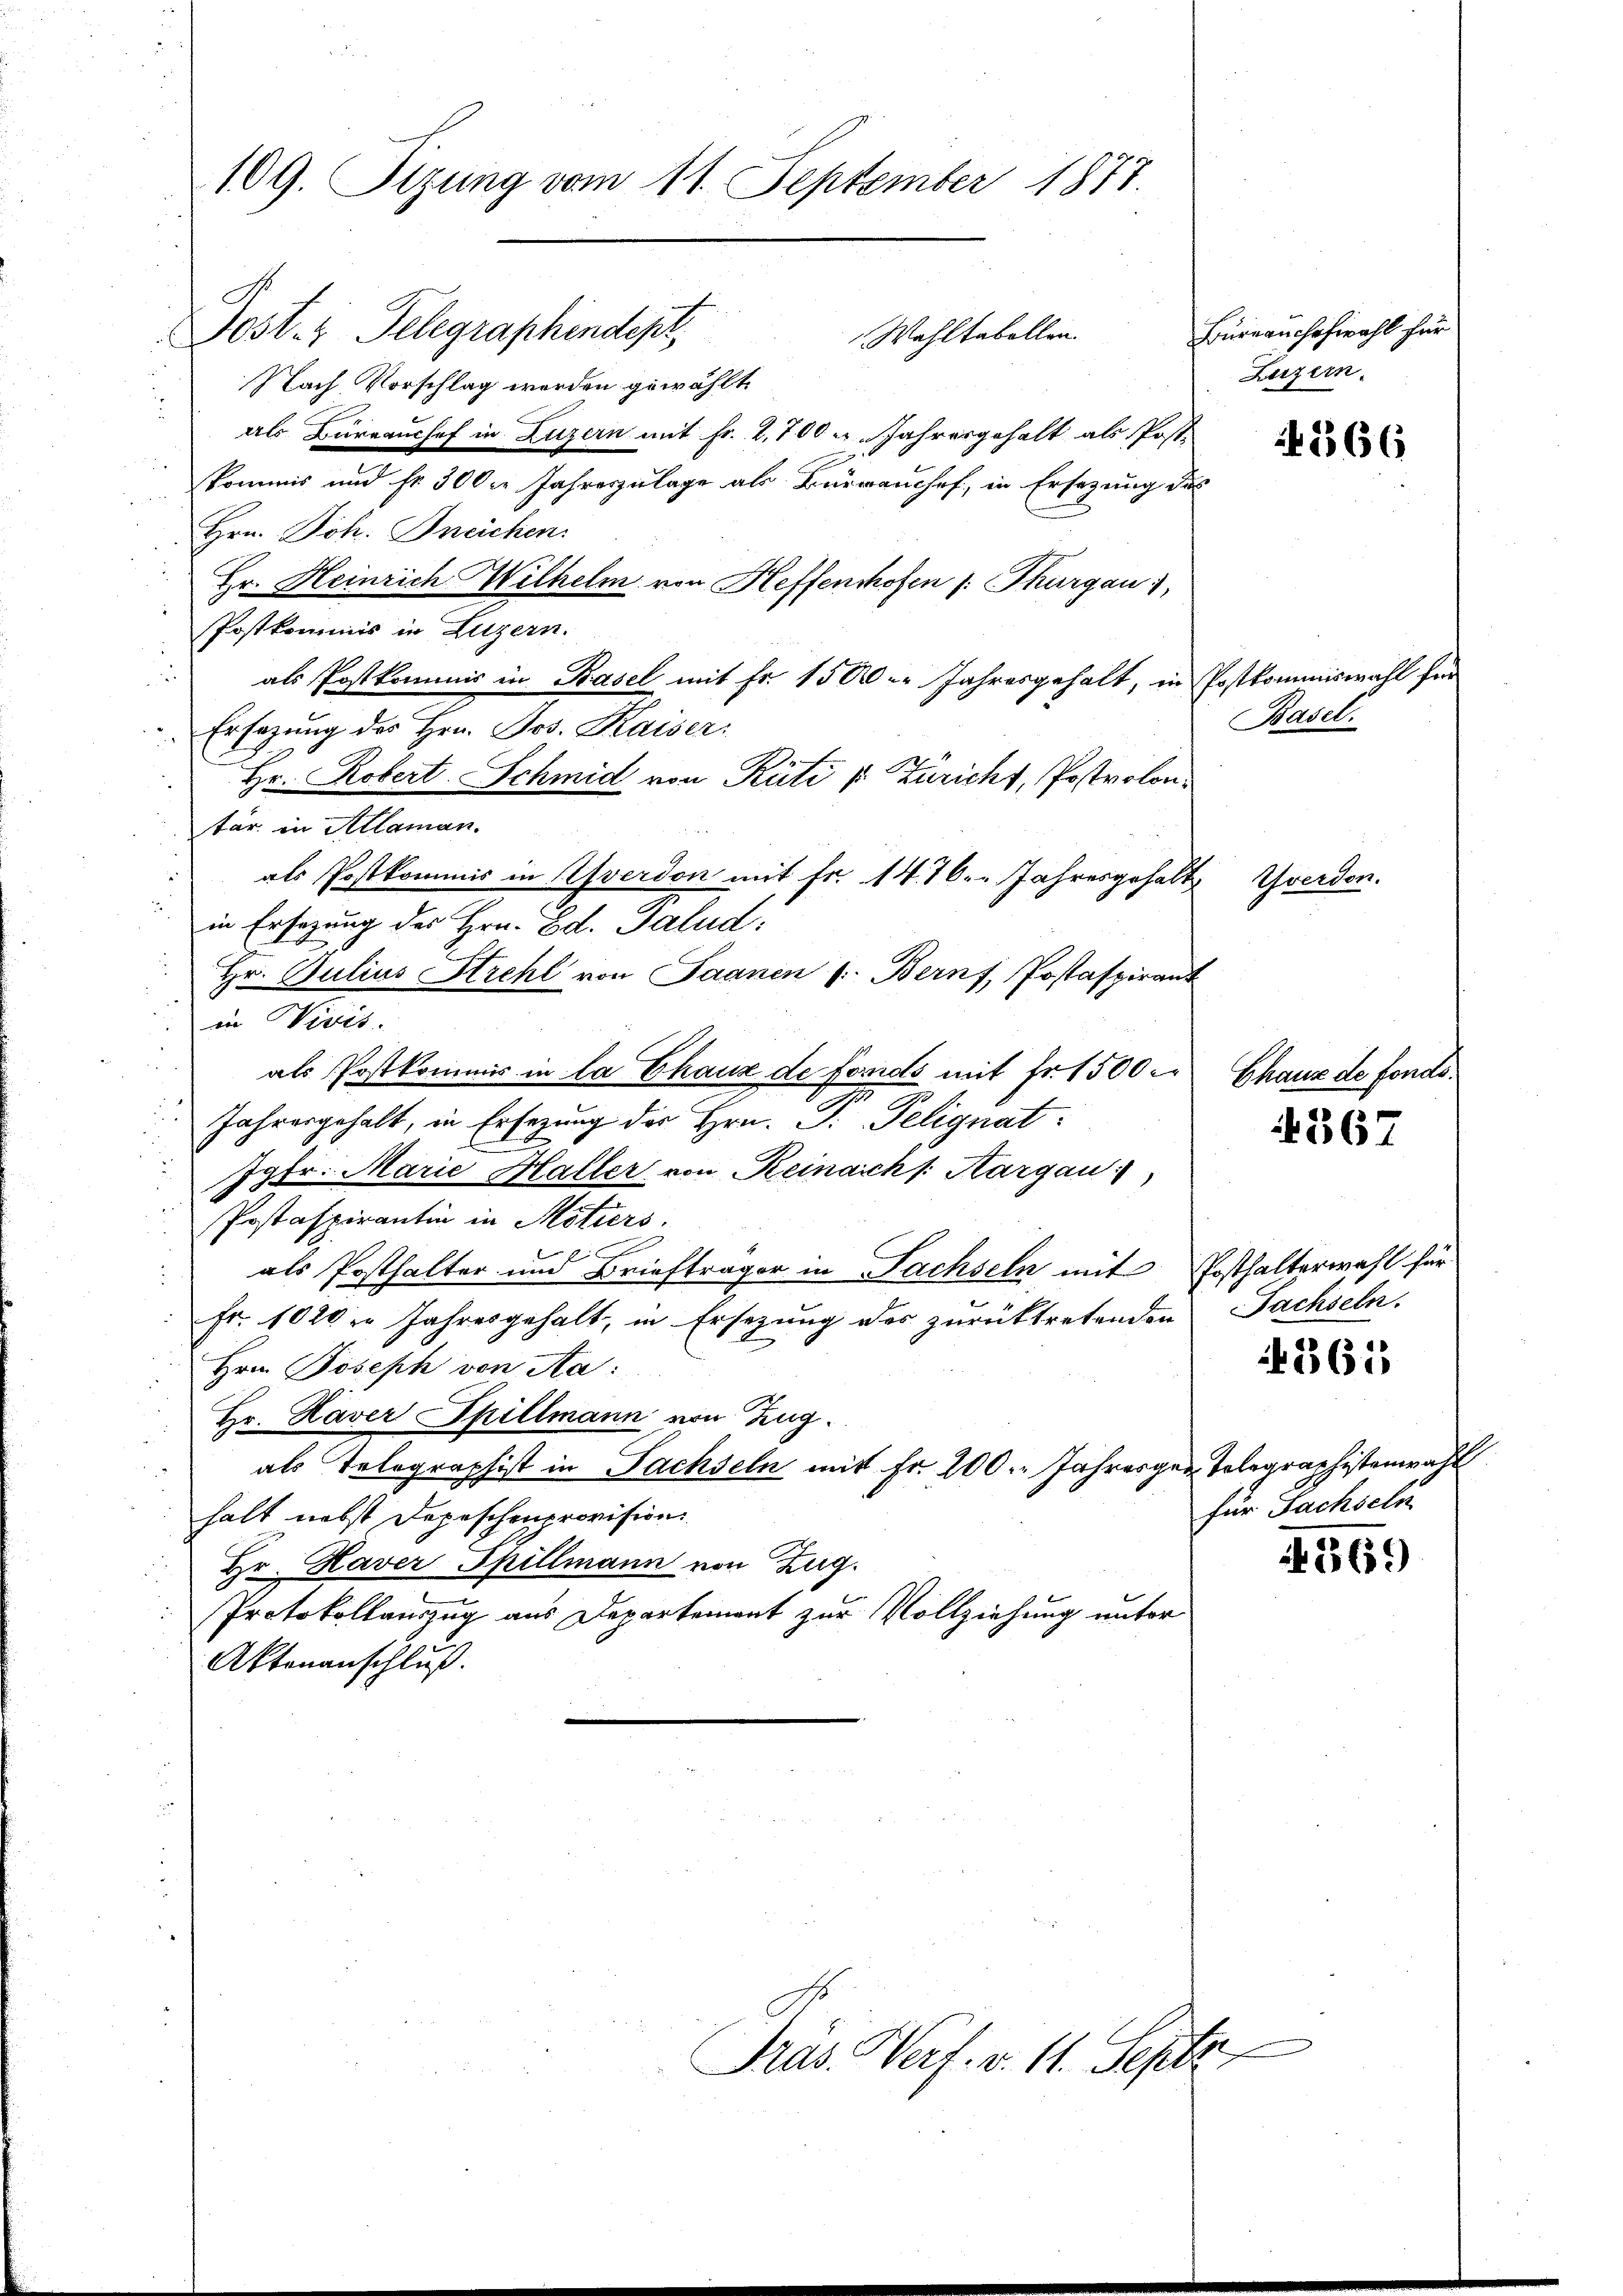
109. Sizung vom 11. September 1877.

Post. 1 Telegraphendept,
Nach Vorschlag werden gewählt
als Büreauchef in Luzern mit Fr. 2,700 u. Jahresgehalt als Post-
kommis und Fr. 300er Jahreszulage als Büreauschef, in Ersezung des
Hrn. Joh. Bneichen.
Hr. Heinrich Wilhelm von Heffenshofen /: Thurgau,
Postkommis in Luzern.
als Postkommis in Basel mit Fr. 1500. Jahresgehalt, in Postkommiswahl für
Ersezung des Hrn. Jos. Kaiser:
Hr. Robert. Schmid von Rüti v: Züricht, Postvolontär in Allaman.
als Postkommis in Yverdon mit fr. 1476. " Jahresgehalt
in Ersezung des Hrn. Ed. Galud.
Hr. Julius Strehl von Saanen (Bernf, Postaspirant
in Vicis.
als Postkommis in la Chaux de fonds mit Fr. 1500
u
Jahresgehalt, in Ersezung des Hrn. P. Pelignat
Jgfr. Marie Haller von Reinaich /: Kargau
Postaspirantin in Motiers.
als Posthalter und Briefträger in Fachseln mit Posthalterwahl für
Fr. 1020 in Jahresgehalt, in Ersezung des zurücktretenden
Hrn. Joseph von Aa:
Hr. Kaver Spillmann von Zug.
als Telegraphist in Fachseln mit Fr. 200. Jahresger Telegraphistenwahl
halt nebst Depeschenprovision
Hr. Kaver Spillmann von Zug.
Protokollauszug aus Departement zur Vollziehung unter
Aktenanschluß.

Wahltabellen.

Pras. Werf. v. 11. Septe

Bureauschwahl für
Luzern.

Basel.

Yverdon.

Chaux de fonds.

Fachseln.

für Fachseln

4166

367

361

1269)